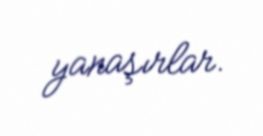
yanaşırlar.